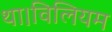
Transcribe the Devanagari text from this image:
था।विलियम